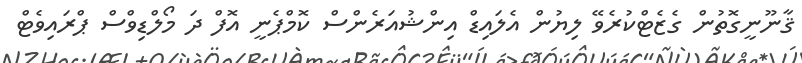
ޤާނޫނީގޮތުން ގެޒެޓްކުރެވޭ ލިޔުން އެލައިޑް އިންޝުއަރެންސް ކޮމްޕެނީ އޮފް ދަ މޯލްޑިވްސް ޕްރައިވެޓް